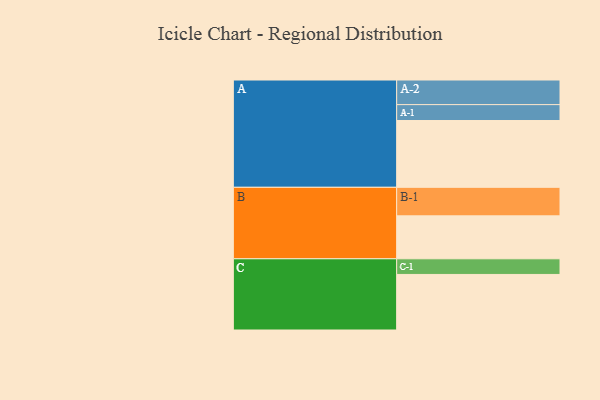
{"axis": {"x": "Segment", "y": "Value"}, "legend": ["", "A", "B", "C"], "data": [{"x": "A", "y": 529, "type": ""}, {"x": "B", "y": 340, "type": ""}, {"x": "C", "y": 440, "type": ""}, {"x": "A-1", "y": 126, "type": "A"}, {"x": "A-2", "y": 195, "type": "A"}, {"x": "B-1", "y": 226, "type": "B"}, {"x": "C-1", "y": 124, "type": "C"}]}